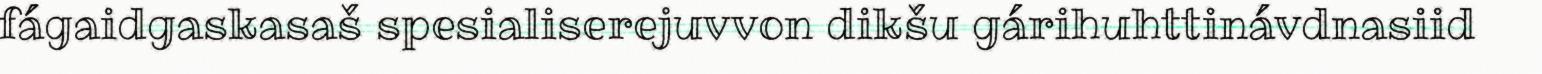
fágaidgaskasaš spesialiserejuvvon dikšu gárihuhttinávdnasiid